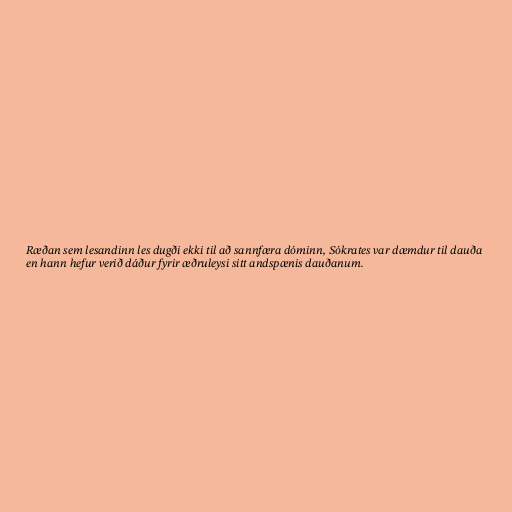
Ræðan sem lesandinn les dugði ekki til að sannfæra dóminn, Sókrates var dæmdur til dauða
en hann hefur verið dáður fyrir æðruleysi sitt andspænis dauðanum.